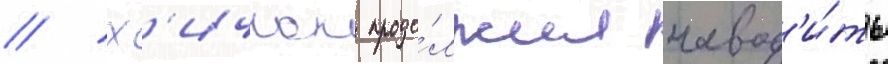
// Х'ичкок продо́лжил навод'и́ть